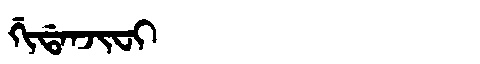
Manchu: ᡤᡳᡩᠠᠨᠵᡳᠸᡳ
Romanization: GIDANJIFI